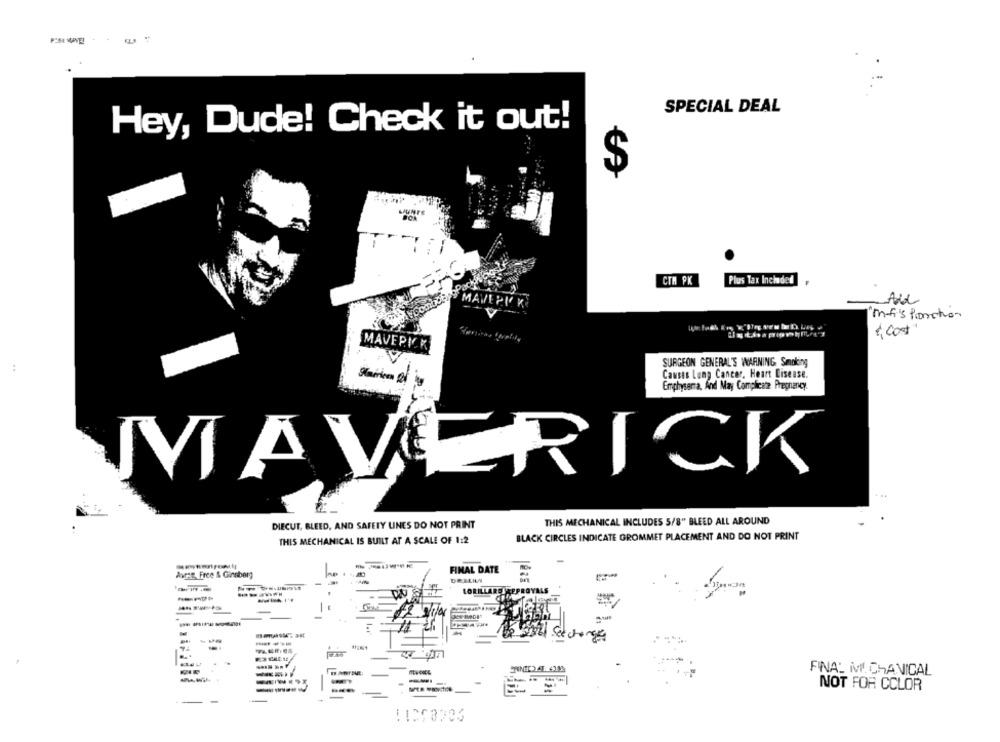
SPECIAL DEAL
Hey, Dude! Check it out!
S
CTM PK
Plus Tax Included
A MAVERI KE
mf's Poration
" cost"
MAVERICK
SURGEON GENERAL'S WARNING Smoking
Causes Lung Cancer, Heart Disease.
Emphysema, And May Complicate Pregnancy
ER
ICK
MA
. ..
THIS MECHANICAL INCLUDES 5/8" BLEED ALL AROUND
DIECUT, BLEED, AND SAFETY LINES DO NOT PRINT
BLACK CIRCLES INDICATE GROMMET PLACEMENT AND DO NOT PRINT
THIS MECHANICAL IS BUILT AT A SCALE OF 1:2
FINAL DATE
Avret, Free & Ginsberg
LORILLARD APPROVALS
Bu Sectorge
74
FINAL MI CHANICAL
---
NOT FOR CCLOR